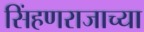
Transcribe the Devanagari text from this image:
सिंहणराजाच्या